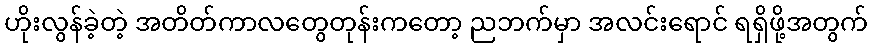
ဟိုးလွန်ခဲ့တဲ့ အတိတ်ကာလတွေတုန်းကတော့ ညဘက်မှာ အလင်းရောင် ရရှိဖို့အတွက်